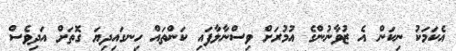
އެކަމަކު ނިކަން އެ ޒުވާނުންގެ އުމުރަށް ވިސްނާލާފައި ކަންތައް ހިނގައިދިޔަ ގޮތަށް އަދިވެސް